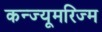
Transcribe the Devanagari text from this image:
कन्ज्यूमरिज्म